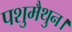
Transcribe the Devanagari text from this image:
पशुमैथुन।